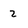
Character: 2